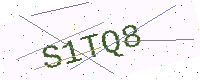
Text: S1TQ8